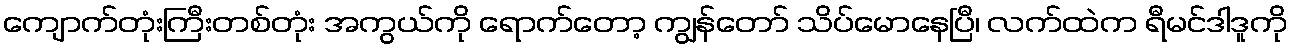
ကျောက်တုံးကြီးတစ်တုံး အကွယ်ကို ရောက်တော့ ကျွန်တော် သိပ်မောနေပြီ၊ လက်ထဲက ရီမင်ဒါဒူကို